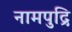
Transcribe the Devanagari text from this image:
नामपुद्रि